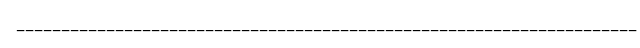
_____________________________________________________________________